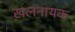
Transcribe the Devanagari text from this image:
ख़लनायक